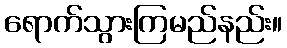
ရောက်သွားကြမည်နည်း။